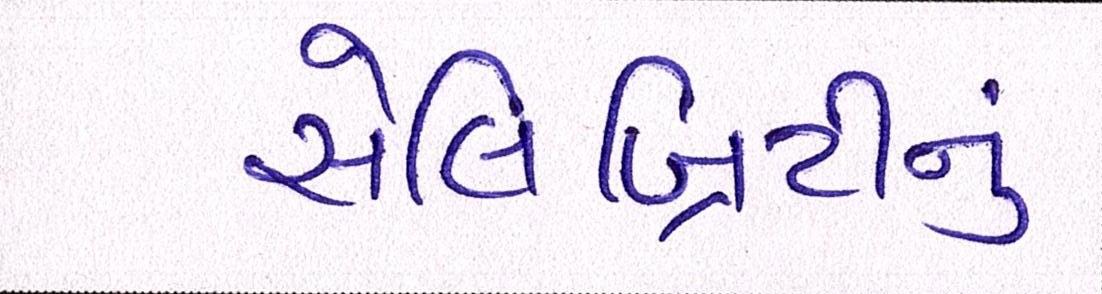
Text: સેલિબ્રિટીનું